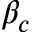
\beta _ { c }